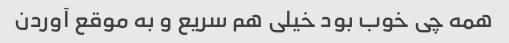
همه چی خوب بود خیلی هم سریع و به موقع آوردن